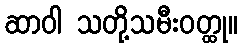
ဆာဝါ သတို့သမီးဝတ္ထု။